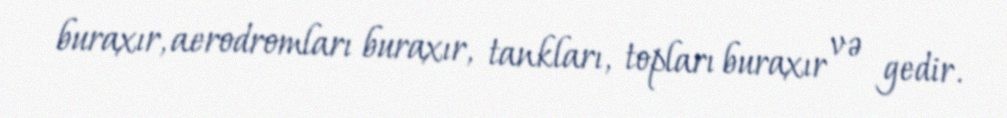
buraxır, aerodromları buraxır, tankları, topları buraxır və gedir.